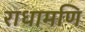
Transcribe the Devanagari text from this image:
राधामणि